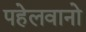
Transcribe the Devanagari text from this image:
पहेलवानो